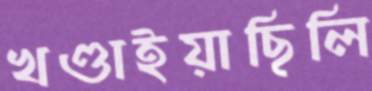
খণ্ডাইয়াছিলি